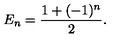
E _ { n } = \frac { 1 + ( - 1 ) ^ { n } } { 2 } .